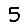
Digit: 5